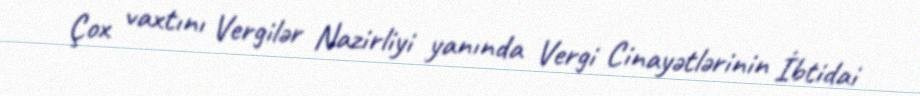
Çox vaxtını Vergilər Nazirliyi yanında Vergi Cinayətlərinin İbtidai